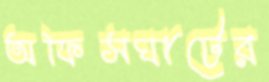
অফিসঘাটের